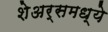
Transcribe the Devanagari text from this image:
शेअर्समध्ये